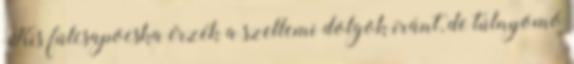
Kis fülcsapocska érzék a szellemi dolgok iránt, de túlnyomó